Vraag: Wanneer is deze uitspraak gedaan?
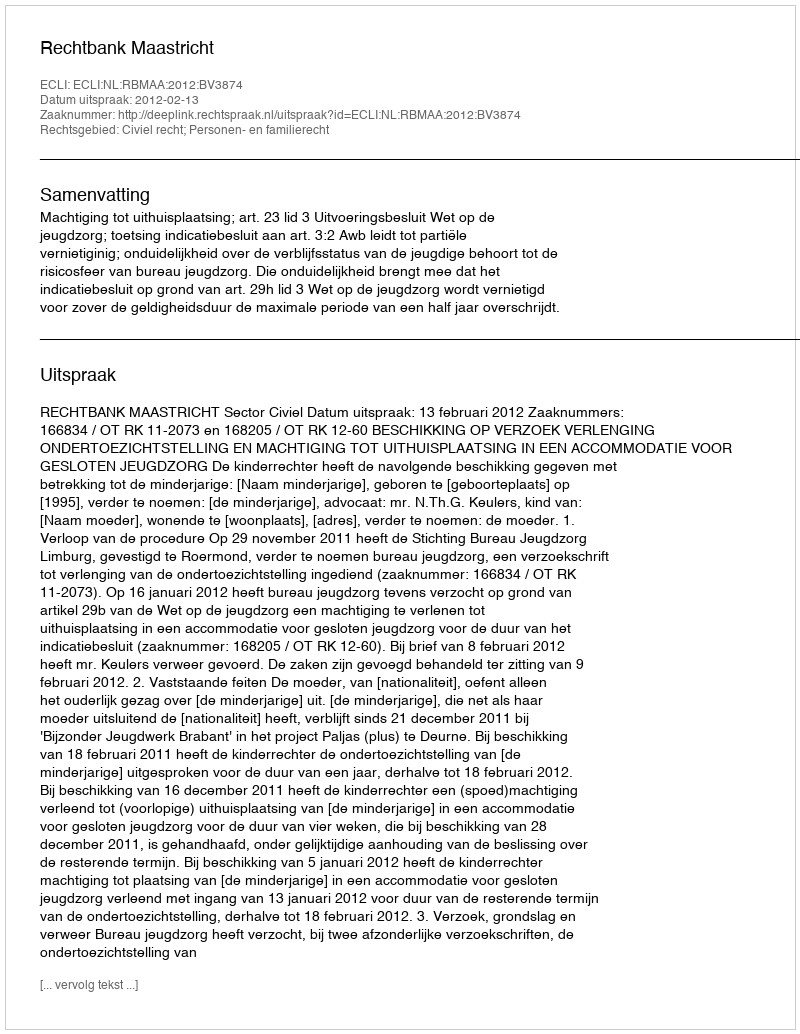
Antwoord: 2012-02-13